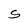
Character: S